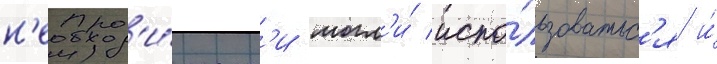
н'еобход'и́мост'и могл'и́ испо́льзоватьс'я и́